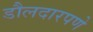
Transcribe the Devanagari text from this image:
डौलदारपणे